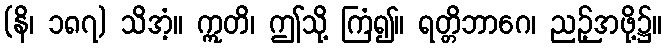
(နိ၊ ၁၈၇) သိအံ့။ ဣတိ၊ ဤသို့ ကြံ၍။ ရတ္တိဘာဂေ၊ ညဉ့်အဖို့၌။